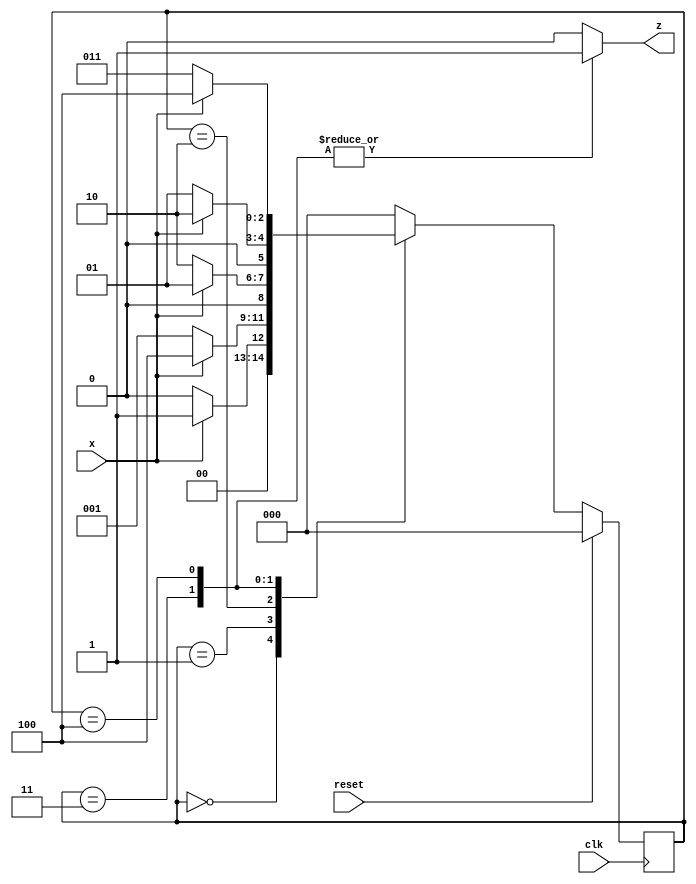
module top_module (
    input clk,
    input reset,   // Synchronous reset
    input x,
    output z
);
    reg [2:0] state, nstate;

    always@(posedge clk)begin
        if(reset)begin
            state <= 3'd0;
        end
        else begin
            state <= nstate;
        end
    end
    
    always@(*)begin
        case(state)
            3'b000:nstate = x ? 3'b001 : 3'b000;
            3'b001:nstate = x ? 3'b100 : 3'b001;
            3'b010:nstate = x ? 3'b001 : 3'b010;
            3'b011:nstate = x ? 3'b010 : 3'b001;
            3'b100:nstate = x ? 3'b100 : 3'b011;
            default:nstate = 3'b000;
        endcase
    end

    always@(*)begin
        case(state)
            3'b011:z <= 1'b1;
            3'b100:z <= 1'b1;
            default:z <= 1'b0;
        endcase
    end

endmodule